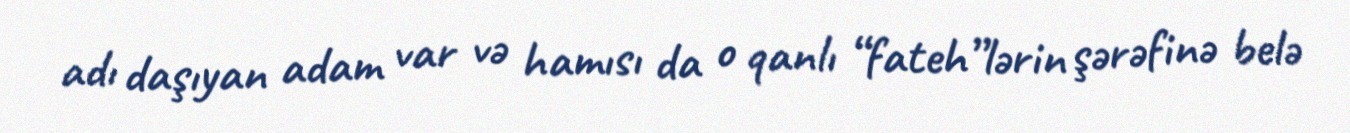
adı daşıyan adam var və hamısı da o qanlı “fateh”lərin şərəfinə belə